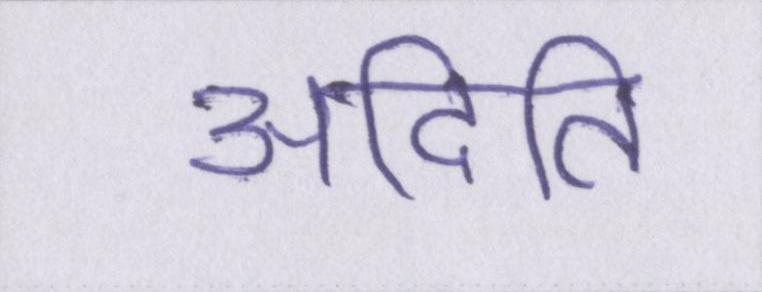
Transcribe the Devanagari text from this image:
अदिति